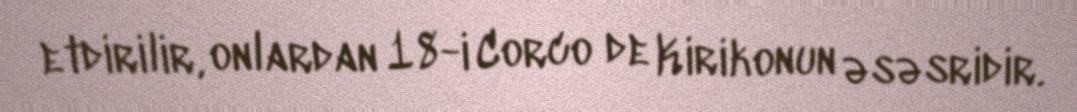
etdirilir, onlardan 18-i Corco de Kirikonun əsəsridir.